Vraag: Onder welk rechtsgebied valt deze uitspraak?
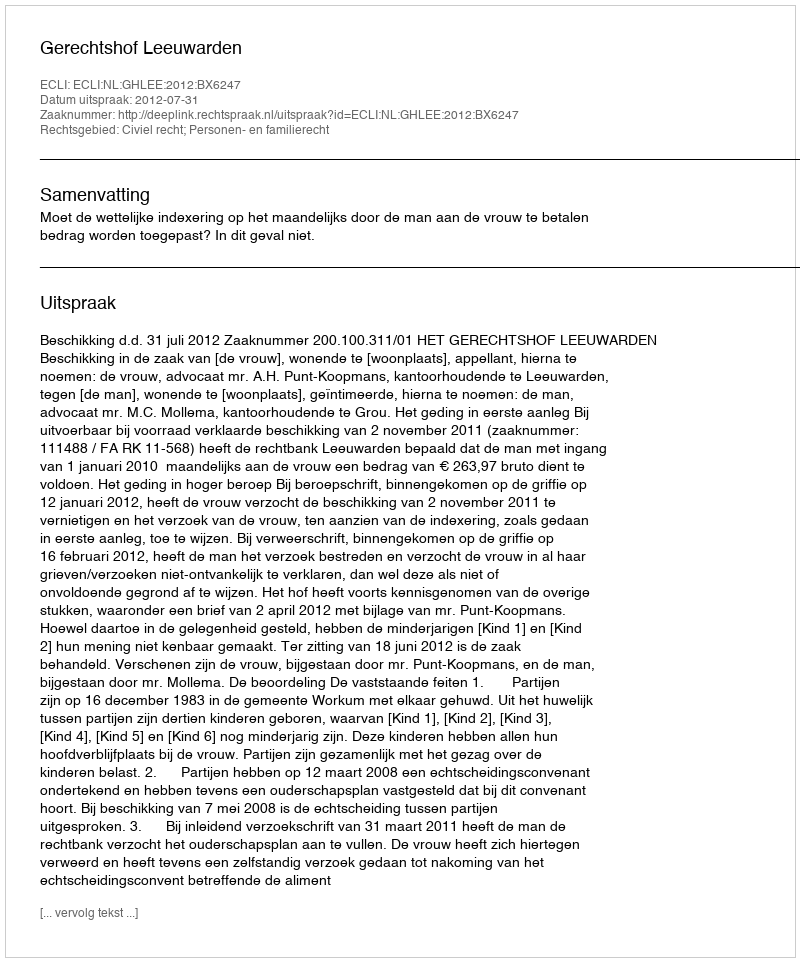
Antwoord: Civiel recht; Personen- en familierecht